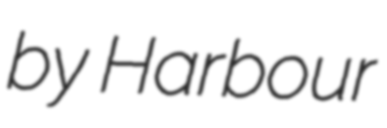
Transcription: by Harbour